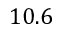
1 0 . 6